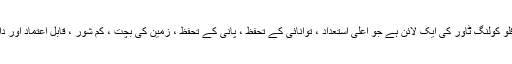
1) وائی ایچ ڈبلیو لائن اوپن لوپ کراس فلو کولنگ ٹاور کی ایک لائن ہے جو اعلی استعداد ، توانائی کے تحفظ ، پانی کے تحفظ ، زمین کی بچت ، کم شور ، قابل اعتماد اور دانشور کاری کے ساتھ تیار کی گئی ہے۔